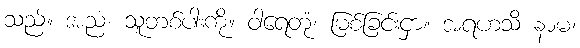
သည်။ အညံ၊ သူတစ်ပါးကို။ ဝါရေတုံ၊ မြစ်ခြင်းငှာ။ အရဟသိ နာမ၊